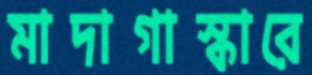
মাদাগাস্কারে